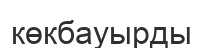
көкбауырды